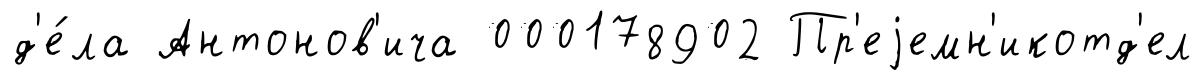
д'е́ла Антонов'ича 000178902 Пр'еjемн'икотд'ел